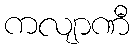
ကလျာဏီ